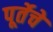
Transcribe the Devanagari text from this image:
पूर्तेचे